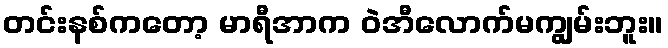
တင်းနစ်ကတော့ မာရီအာက ဝဲအီလောက်မကျွမ်းဘူး။